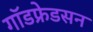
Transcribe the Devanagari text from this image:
गॉडफ्रेडसन